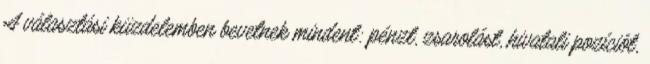
A választási küzdelemben bevetnek mindent: pénzt, zsarolást, hivatali pozíciót,